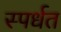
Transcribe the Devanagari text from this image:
स्पर्धत